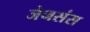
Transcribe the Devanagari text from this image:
जेनसंस